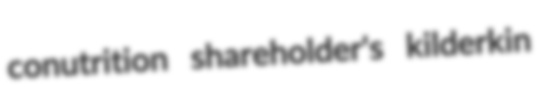
conutrition shareholder's kilderkin